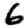
Digit: 6